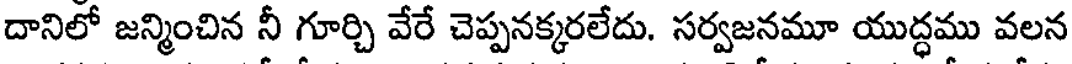
దానిలో జన్మించిన నీ గూర్చి వేరే చెప్పనక్కరలేదు. సర్వజనమూ యుద్ధము వలన